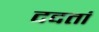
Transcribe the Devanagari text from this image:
ददतां